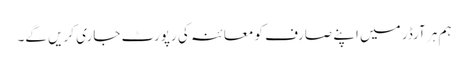
ہم ہر آرڈر میں اپنے صارف کو معائنہ کی رپورٹ جاری کریں گے۔